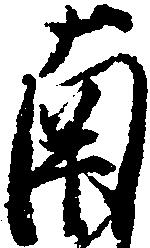
南